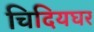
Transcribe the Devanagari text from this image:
चिदियघर